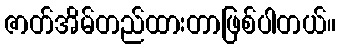
ဇာတ်အိမ်တည်ထားတာဖြစ်ပါတယ်။